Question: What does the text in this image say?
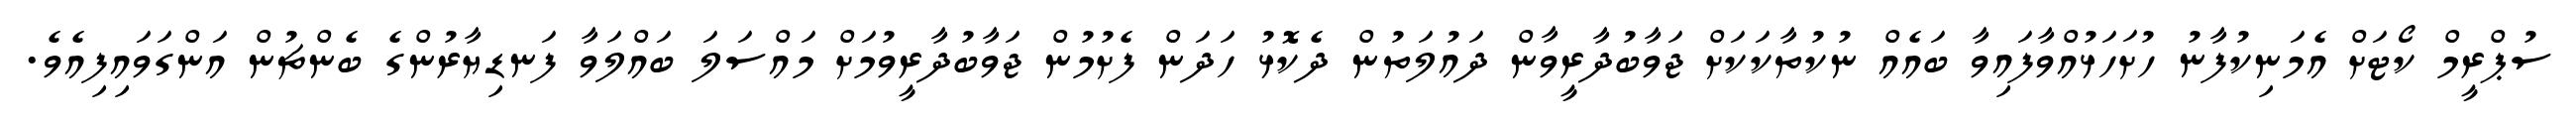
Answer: ސުޕްރީމް ކޯޓަށް އެމަނިކުފާނު ހުށަހަޅުއްވާފައިވާ ބައެއް ނުކުތާކަކަށް ޖަވާބުދާރީވާން ދައުލަތުން ދެކޮޅު ހަދަން ފެށުމުން ޖަވާބުދާރީވުމަށް މައްސަލަ ބައްލަވާ ފަނޑިޔާރުންގެ ބެންޗުން އަންގަވައިފިއެވެ.